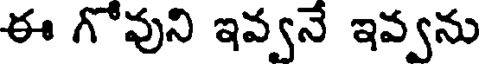
ఈ గోవుని ఇవ్వనే ఇవ్వను